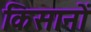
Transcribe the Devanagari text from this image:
किसानों